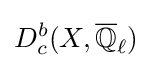
D_{c}^{b}(X,{\overline {\mathbb {Q} }}_{\ell })